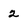
Character: 2